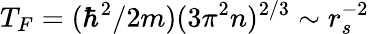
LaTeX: T_{F}=(\hbar^{2}/2m)(3\pi^{2}n)^{2/3}\sim r_{s}^{-2}